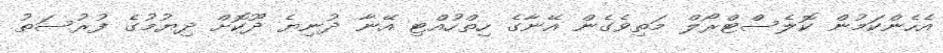
އެހެންކަމުން ކޮލެސްޓްރޯލް މަތިވެގެން އޭނާގެ ހިތްހުއްޓި އޭނާ ދުނިޔެ ދޫކޮށް ދިޔުމުގެ ފުރުސަތު